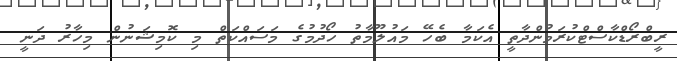
ރީބްރޯޑްކާސްޓްކުރަމުންދާތީ އެކަމާ ބެހޭ މައުލޫމާތު ހޯދުމުގެ މަސައްކަތް މި ކޮމިޝަނުން މިހާރު ދަނީ